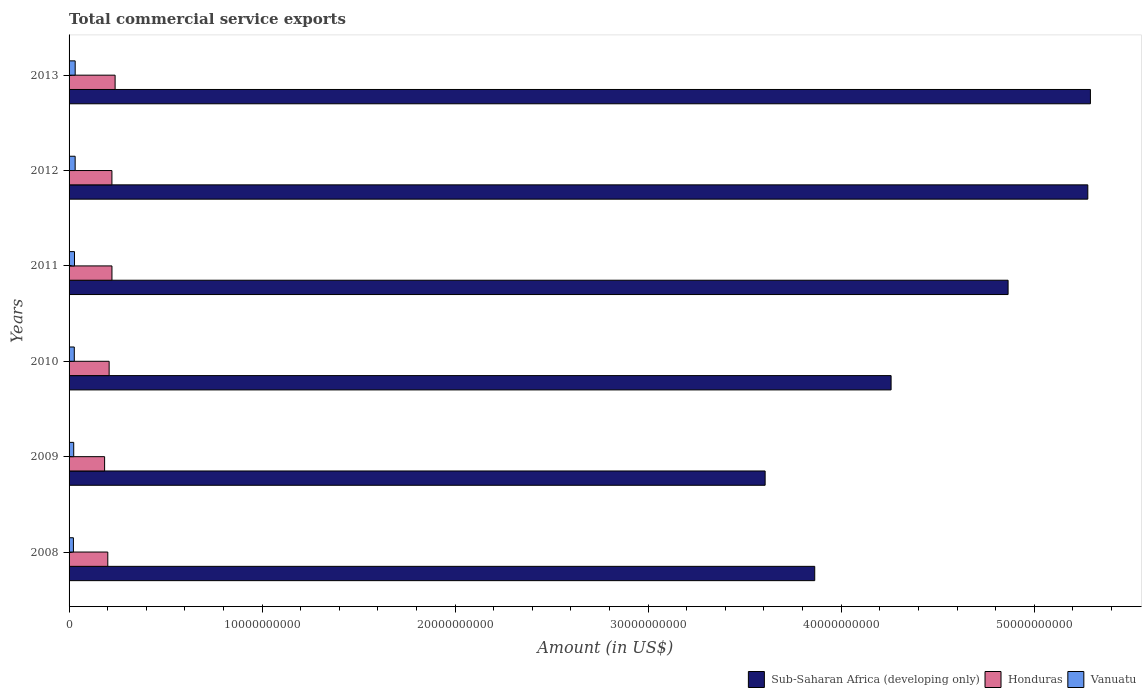
| Years | Sub-Saharan Africa (developing only) | Honduras | Vanuatu |
 | --- | --- | --- | --- |
 | 2008 | 3.86e+10 | 2.01e+09 | 2.25e+08 |
 | 2009 | 3.61e+10 | 1.84e+09 | 2.41e+08 |
 | 2010 | 4.26e+10 | 2.08e+09 | 2.71e+08 |
 | 2011 | 4.86e+10 | 2.22e+09 | 2.81e+08 |
 | 2012 | 5.28e+10 | 2.22e+09 | 3.15e+08 |
 | 2013 | 5.29e+10 | 2.39e+09 | 3.17e+08 |